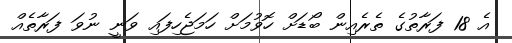
އެ 18 ފަރާތުގެ ތެރެއިން ބޯޑަށް ހޮވުމަށް ހަމަޖެހިފައި ވަނީ ނުވަ ފަރާތެއް